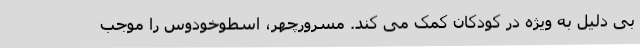
بی دلیل به ویژه در کودکان کمک می کند. مسرورچهر، اسطوخودوس را موجب